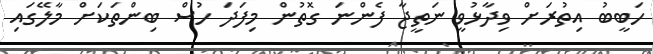
ހަބީބު އިތުރަށް ވިދާޅުވީ ނަތީޖާ ފެންނަ ގޮތުން މިފަދަ ހުސް ބިންތަކަށް މާލޭގައި